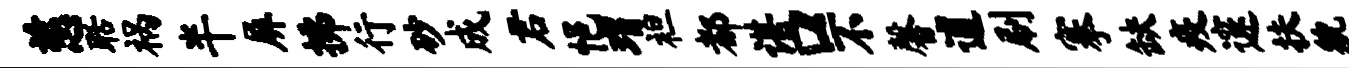
慈聒祸半屏拂行砂成君悒瑁袒都谌口不馨逋刷搴缺疫邃扶貌